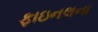
ફાઇનલના